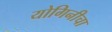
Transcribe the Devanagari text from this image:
योगिनीचा